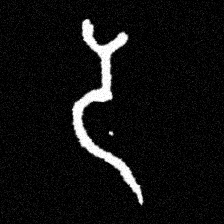
Pyu character \u2014 Myanmar letter: ဒ (romanized: da)